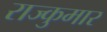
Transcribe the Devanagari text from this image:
राज्कुमार